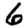
Digit: 6